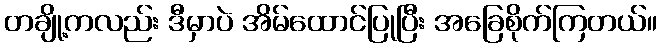
တချို့ကလည်း ဒီမှာပဲ အိမ်ထောင်ပြုပြီး အခြေစိုက်ကြတယ်။